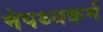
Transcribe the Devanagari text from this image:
नेपथ्यकर्म